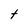
Character: t